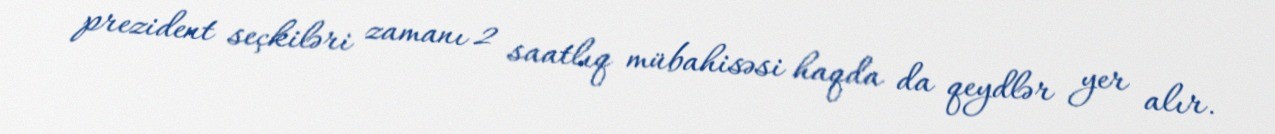
prezident seçkiləri zamanı 2 saatlıq mübahisəsi haqda da qeydlər yer alır.